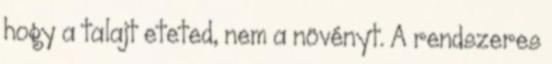
hogy a talajt eteted, nem a növényt. A rendszeres